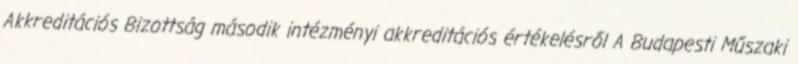
Akkreditációs Bizottság második intézményi akkreditációs értékelésről A Budapesti Műszaki